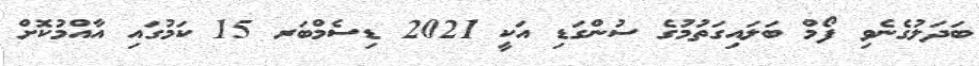
ބަދަލުގެނެވި ފޯމް ބަލައިގަތުމުގެ ސުންގަޑި އަކީ 2021 ޑިސެމްބަރ 15 ކަމުގައި އާއްމުކޮށް